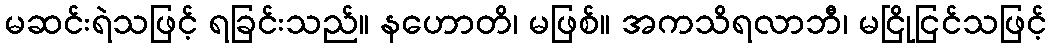
မဆင်းရဲသဖြင့် ရခြင်းသည်။ နဟောတိ၊ မဖြစ်။ အကသိရလာဘီ၊ မငြိုငြင်သဖြင့်